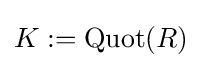
K:=\operatorname {Quot} (R)